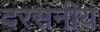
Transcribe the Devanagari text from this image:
दरसनीय